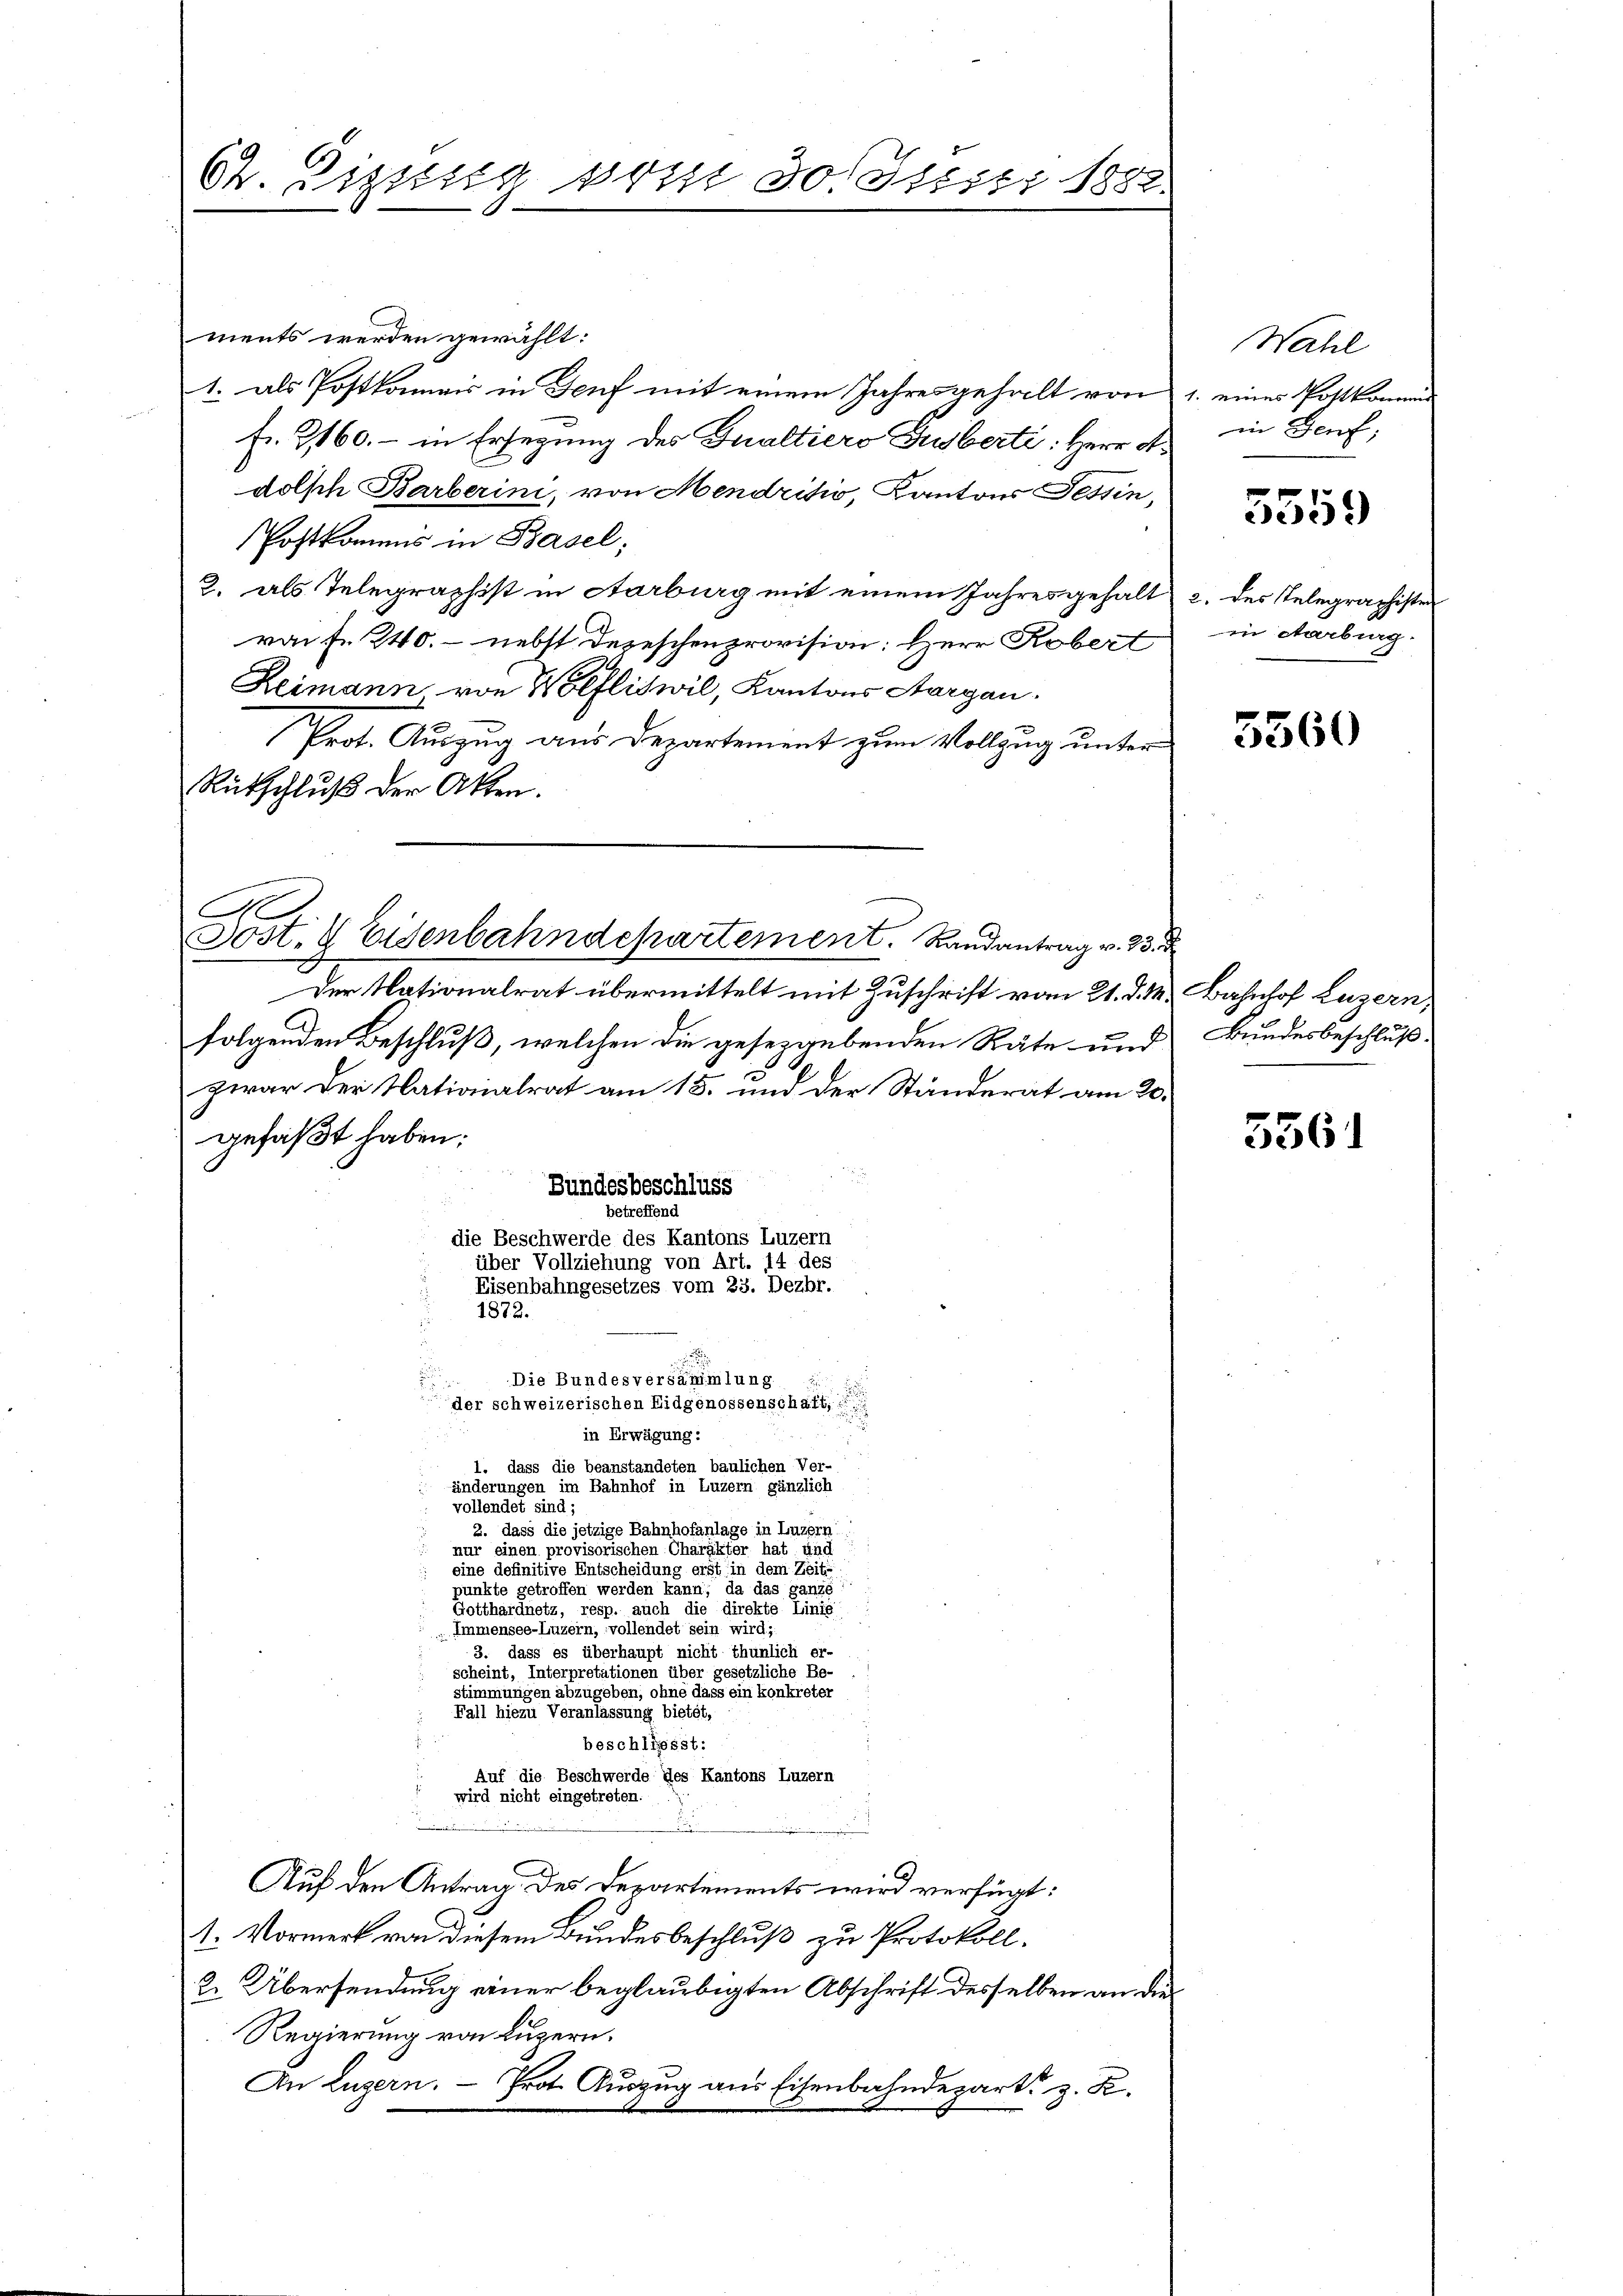
Ct. Etzung vom so stesti 1882.

ments werden gewählt:
1. als Postkamais in Genf mit einem Jahresgehalt von
fr. 3160.- in Ersetzung des Gualtiero Guberti: Herr A.
dolph Barberini, von Mendrikó, Kantons Tessin,
Postkommis in Basel;
2. als Telegraphist in Aarburg mit einem Jahresgehalt 2. des Telegraphister
raif. 240. - nebst Dezeschenprovision: Herr Robert
Reimann von Wölfliswil, Kantons Aargau.
Prot. Auszug aus Departement zum Vollzug unter
Rütschluß der Akten.

A
Sost. V Eisenbahndchartement. Randantrag v. 13. d

Der Nationalrat übermittelt mit Zuschrift vom 21. d. M.
folgenden Beschluß, welchen die gesetzgebenden Räte um
zwar der Nationalrat am 15. und der Ständerat am 2.
gefaßt haben;
Bundesbeschluss
Betreffend
die Beschwerde des Kantons Luzern
über Vollziehung von Art. 14 des
Eisenbahngesetzes vom 23. Dezbr.
1872.
.
in Erwägung:
1. dass die beanstandeten baulichen Ver-
änderungen im Bahnhof in Luzern gänzlich
vollendet sind:
2. dass die jetzige Bahnhofanlage in Luzern
 nur einen provisorischen Charakter hat und
 eine definitive Entscheidung erst in dem Zeite
punkte getroffen werden kann, da das ganze
oet, der eine einen die durchte Linie
Immensee-Luzern, vollendet sein wird;
3. dass es überhaupt nicht thunlich er-
scheint, Interpretationen über gesetzliche Be-
stimmungen abzugeben, ohne dass ein konkreter
e Veranlassung bietet,
beschliesst:
Auf die Beschwerde des Kantons Luzern
wird nicht eingetreten.
.
Auf den Antrag des Departements wird verfügt:
1. Vormerk von diesem Bundesbeschluß zu Protokoll.
2. Übersendung einer beglaubigten Abschrift desselben an die
Regierung von Luzern.
In Luzern. — Prot. Auszug aus Eisenbahndepart z. K.

Die Bundesversammlung.
der schweizerischen Eidgenossenschaft,

Wahl
1. eines Postkommi
in Genf,

5559

in Aarburg.

5560

u Bahnhof Luzern,
 Bundesbeschluß.
2

5561